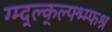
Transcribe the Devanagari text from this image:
ग्म्द्ल्क्ल्फ्भ्म्फश्र